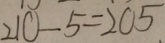
2 1 0 - 5 = 2 0 5